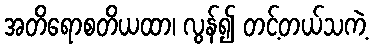
အတိရောစတိယထာ၊ လွန်၍ တင့်တယ်သကဲ့